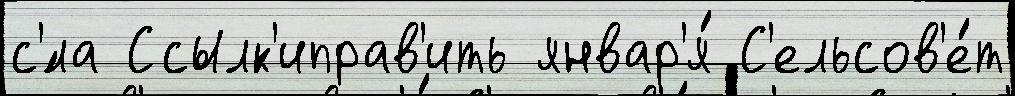
с'́ла Ссылк'иправ'ить январ'я́ С'ельсов'е́т